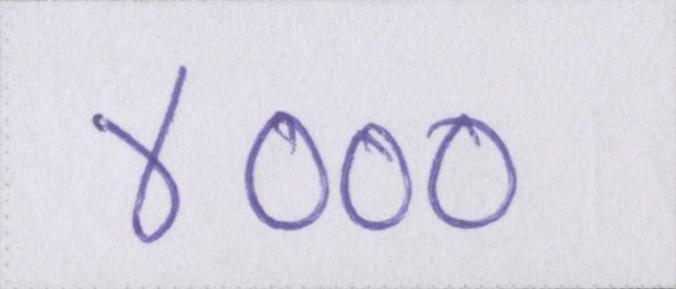
४०००